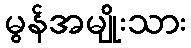
မွန်အမျိုးသား